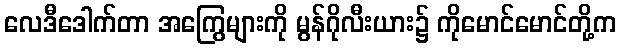
လေဒီဒေါက်တာ အကြွေများကို မွန်ဂိုလီးယား၌ ကိုမောင်မောင်တို့က